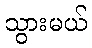
သွားမယ်